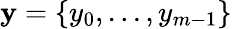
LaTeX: \mathbf{y}=\{ y_{0},...,y_{m-1}\}